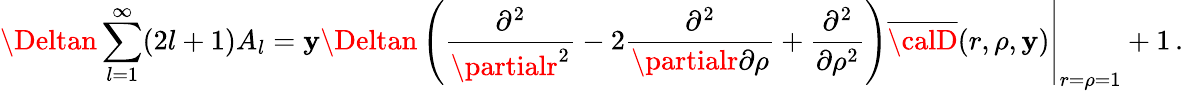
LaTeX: \Deltan\sum_{l=1}^{\infty}(2l+1)A_{l}=\left.\mathbf{y}\Deltan\left(\frac{{\partial^{2}}}{{\partialr^{2}}}-2\frac{{\partial^{2}}}{{\partialr\partial\rho}}+\frac{{\partial^{2}}}{{\partial\rho^{2}}}\right)\overline{{{{\calD}}}}(r,\rho,\mathbf{y})\right|_{r=\rho=1}+1\, {.}